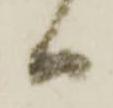
ハ